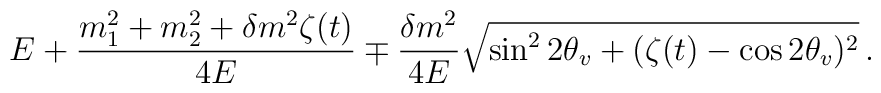
E +\frac{m_1^2 + m_2^2 + \delta m^2 \zeta(t)}{4E} \mp\frac{\delta m^2}{4E} \sqrt{\sin^2{2\theta_v} + (\zeta(t) - \cos{2\theta_v})^2}\,.